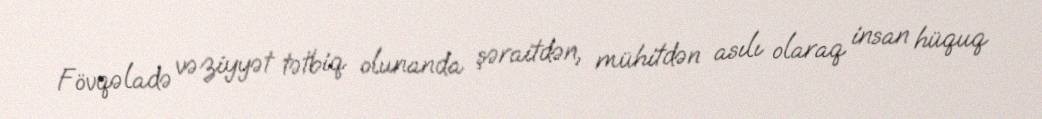
Fövqəladə vəziyyət tətbiq olunanda şəraitdən, mühitdən asılı olaraq insan hüquq